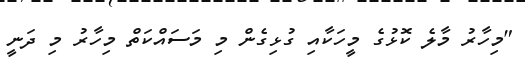
"މިހާރު މާލެ ކޮޅުގެ މީހަކާއި ގުޅިގެން މި މަސައްކަތް މިހާރު މި ދަނީ